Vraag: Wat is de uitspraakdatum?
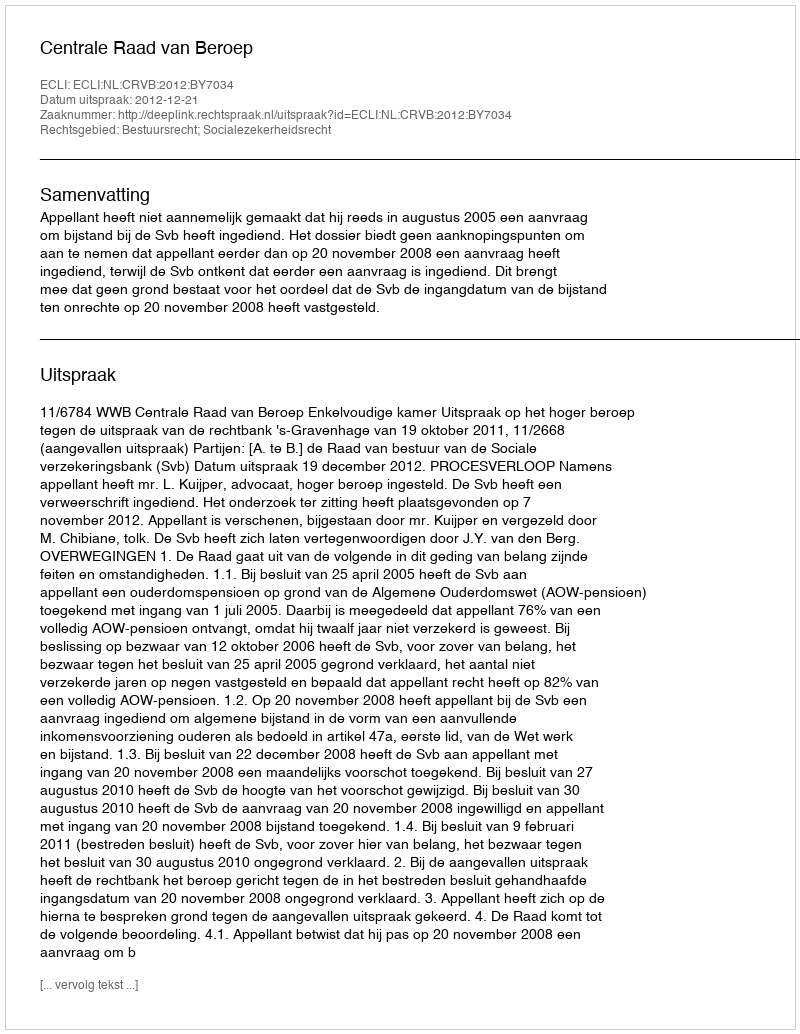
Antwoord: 2012-12-21